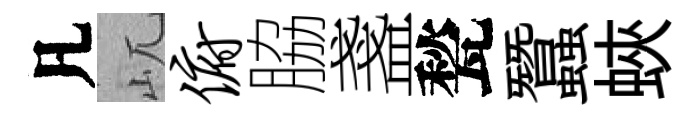
凡屼俯脇盞甃蠶蛺